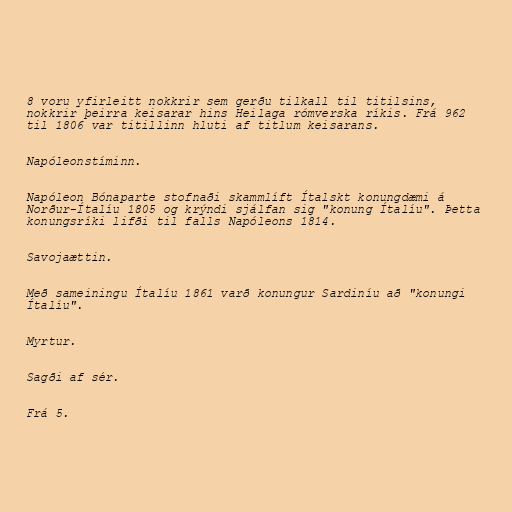
8 voru yfirleitt nokkrir sem gerðu tilkall til titilsins,
nokkrir þeirra keisarar hins Heilaga rómverska ríkis. Frá 962
til 1806 var titillinn hluti af titlum keisarans.

Napóleonstíminn.

Napóleon Bónaparte stofnaði skammlíft Ítalskt konungdæmi á
Norður-Ítalíu 1805 og krýndi sjálfan sig "konung Ítalíu". Þetta
konungsríki lifði til falls Napóleons 1814.

Savojaættin.

Með sameiningu Ítalíu 1861 varð konungur Sardiníu að "konungi
Ítalíu".

Myrtur.

Sagði af sér.

Frá 5.